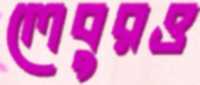
লেবুরও